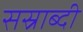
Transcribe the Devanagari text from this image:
सस्राब्दी